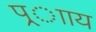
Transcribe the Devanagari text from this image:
प्र्ााय